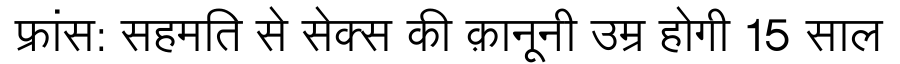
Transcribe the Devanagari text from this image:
फ्रांस: सहमति से सेक्स की क़ानूनी उम्र होगी 15 साल